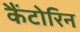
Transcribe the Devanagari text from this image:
कैंटोरिन